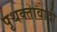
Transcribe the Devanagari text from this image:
पृथक्तावादी